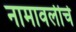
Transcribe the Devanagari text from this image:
नामावलीचे